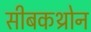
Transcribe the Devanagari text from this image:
सीबकथ्रोन